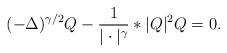
LaTeX: \begin{align*}(-\Delta)^{\gamma/2} Q-\frac{1}{|\cdot|^\gamma}*|Q|^2 Q=0.\end{align*}